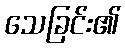
သေခြင်း၏